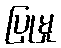
ပြုမှု